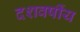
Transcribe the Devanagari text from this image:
दशवर्षीय